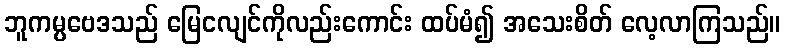
ဘူကမ္ပဗေဒသည် မြေငလျင်ကိုလည်းကောင်း ထပ်မံ၍ အသေးစိတ် လေ့လာကြသည်။